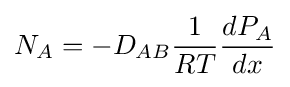
N_{A}=-D_{AB}{\frac {1}{RT}}{\frac {dP_{A}}{dx}}